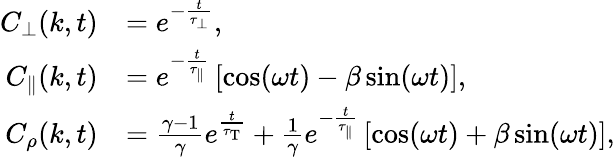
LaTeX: \begin{array}{rl}{C_{\perp}(k,t)}&{=e^{-\frac{t}{\tau_{\perp}}},}\\ {C_{\parallel}(k,t)}&{=e^{-\frac{t}{\tau_{\parallel}}}\left[\cos(\omega t)-\beta\sin(\omega t)\right],}\\ {C_{\rho}(k,t)}&{=\frac{\gamma-1}{\gamma}e^{\frac{t}{\tau_{\mathrm{T}}}}+\frac{1}{\gamma}e^{-\frac{t}{\tau_{\parallel}}}\left[\cos(\omega t)+\beta\sin(\omega t)\right],}\end{array}